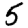
Digit: 5